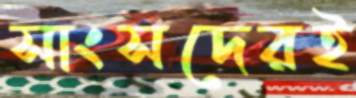
সাংসদেরই